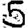
Digit: 5